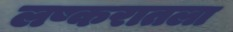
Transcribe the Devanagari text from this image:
लष्करातला